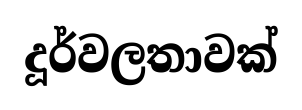
දූර්වලතාවක්